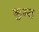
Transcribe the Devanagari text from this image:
कुब्त